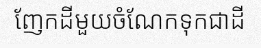
ញែកដីមួយចំណែកទុកជាដី